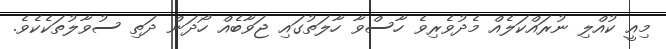
މިއީ ކުއްލި ނުރައްކަލެއް މެދުވެރިވެ ހާސްވާ ހާލަތުގައި ޖަވާބެއް ހޯދަން ދަތި ސުވާލުތަކެކެވެ.